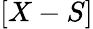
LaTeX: [X-S]